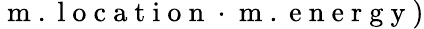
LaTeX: \left.\mathrm{~m~}.\mathrm{~l~o~c~a~t~i~o~n~}\cdot\mathrm{~m~}.\mathrm{~e~n~e~r~g~y~}\right)